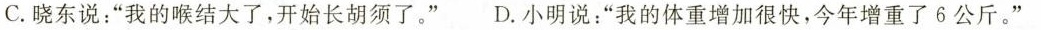
C.晓东说：”我的喉结大了，开始长胡须了。”D.小明说：”我的体重增加很快，今年增重了6公斤。”